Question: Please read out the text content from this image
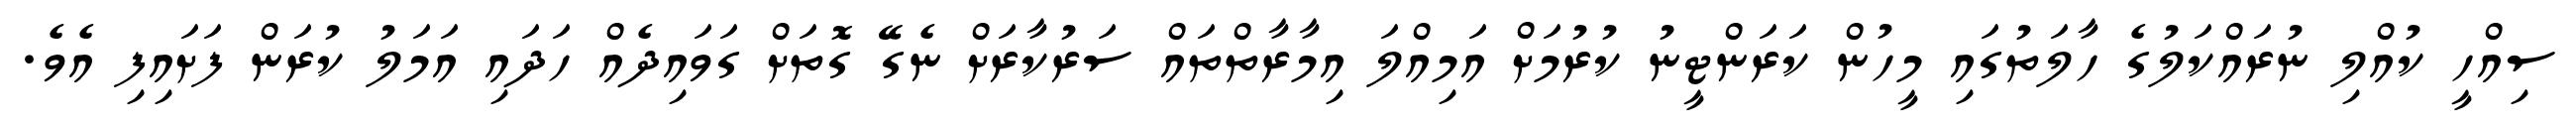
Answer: ސިއްހީ ކުއްލި ނުރައްކަލުގެ ހާލަތުގައި މީހުން ކަރަންޓީނު ކުރުމަށް އަމިއްލަ އިމާރާތްތައް ސަރުކާރަށް ނެގޭ ގޮތަށް ގަވައިދެއް ހަދައި އަމަލު ކުރަން ފަށައިފި އެވެ.